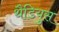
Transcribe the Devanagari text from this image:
थैडियुस